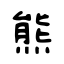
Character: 熊